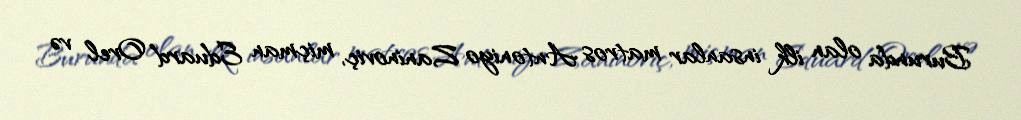
Burunda olan ilk insanlar matros Antoniyo Zaninoviç, miçman Eduard Orel və